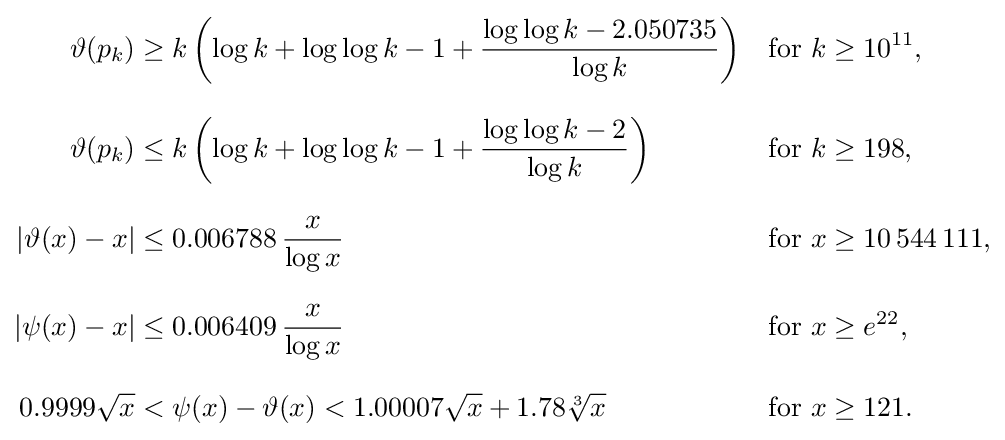
{\begin{aligned}\vartheta (p_{k})&\geq k\left(\log k+\log \log k-1+{\frac {\log \log k-2.050735}{\log k}}\right)&&{\text{for }}k\geq 10^{11},\\[8px]\vartheta (p_{k})&\leq k\left(\log k+\log \log k-1+{\frac {\log \log k-2}{\log k}}\right)&&{\text{for }}k\geq 198,\\[8px]|\vartheta (x)-x|&\leq 0.006788\,{\frac {x}{\log x}}&&{\text{for }}x\geq 10\,544\,111,\\[8px]|\psi (x)-x|&\leq 0.006409\,{\frac {x}{\log x}}&&{\text{for }}x\geq e^{22},\\[8px]0.9999{\sqrt {x}}&<\psi (x)-\vartheta (x)<1.00007{\sqrt {x}}+1.78{\sqrt[{3}]{x}}&&{\text{for }}x\geq 121.\end{aligned}}